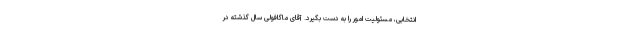
انتخابی، مسئولیت امور را به دست بگیرد. آقای ماگافولی سال گذشته در